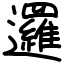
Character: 邏